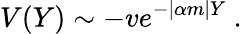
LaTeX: V(Y)\sim-ve^{-|\alpha m|Y}\ .